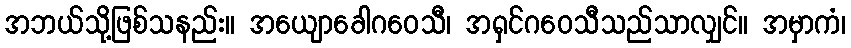
အဘယ်သို့ဖြစ်သနည်း။ အယျောခေါဂဝေသီ၊ အရှင်ဂဝေသီသည်သာလျှင်။ အမှာကံ၊